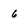
Character: 6